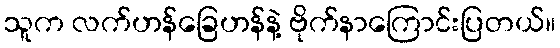
သူက လက်ဟန်ခြေဟန်နဲ့ ဗိုက်နာကြောင်းပြတယ်။